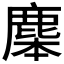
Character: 𪊜